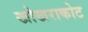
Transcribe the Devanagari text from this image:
खोखराकोट